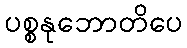
ပစ္စနုဘောတိပေ